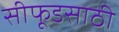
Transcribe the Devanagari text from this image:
सीफूडसाठी